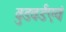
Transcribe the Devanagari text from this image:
वुडवर्डएवं